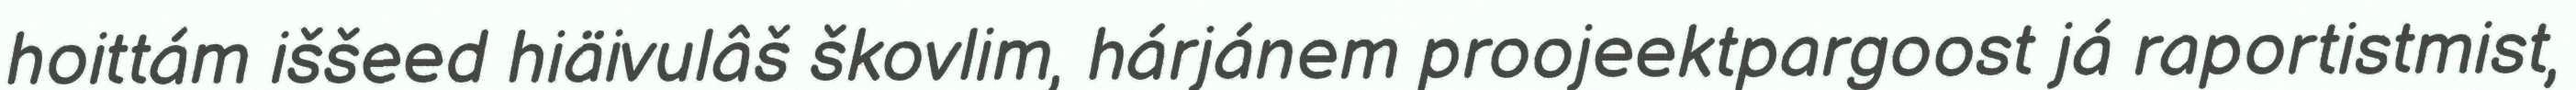
hoittám iššeed hiäivulâš škovlim, hárjánem proojeektpargoost já raportistmist,